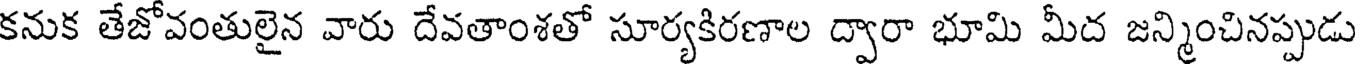
కనుక తేజోవంతులైన వారు దేవతాంశతో సూర్యకిరణాల ద్వారా భూమి మీద జన్మించినప్పుడు